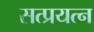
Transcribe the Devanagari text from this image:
सत्प्रयत्न